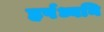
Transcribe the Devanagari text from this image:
हर्षध्वनि